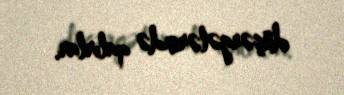
düşərgələrində qalırlar.